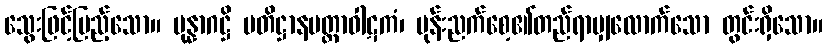
သွေးဖြင့်ပြည့်သော။ ပုန္နာဂဋ္ဌိ ပတိဋ္ဌာနမတ္တာဝါဋကံ၊ ပုန်းညက်စေ့၏တည်ရာမျှလောက်သော တွင်းရှိသော။